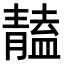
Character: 𩇠